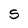
Character: S